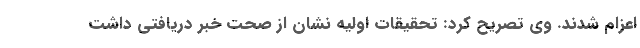
اعزام شدند. وی تصریح کرد: تحقیقات اولیه نشان از صحت خبر دریافتی داشت